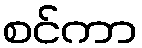
စင်ကာ